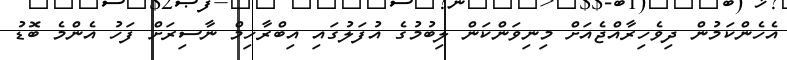
އެހެންކަމުން ދިވެހިރާއްޖެއަށް މިނިވަންކަން ލިބުމުގެ އުފަލުގައި އިބްރާހިމް ނާސިރަށް ފަހު އެންމެ ބޮޑު